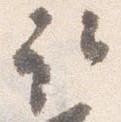
取